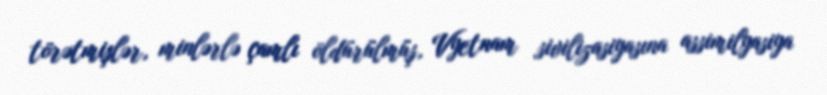
törətmişlər, minlərlə çamlı öldürülmüş, Vyetnam sivilizasiyasına assimilyasiya